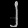
Digit: ၂